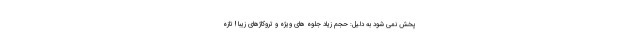
پخش نمی شود به دلیل: حجم زیاد جلوه های ویژه و تروکاژهای زیبا ! تازه